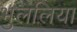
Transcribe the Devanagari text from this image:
भुललिया